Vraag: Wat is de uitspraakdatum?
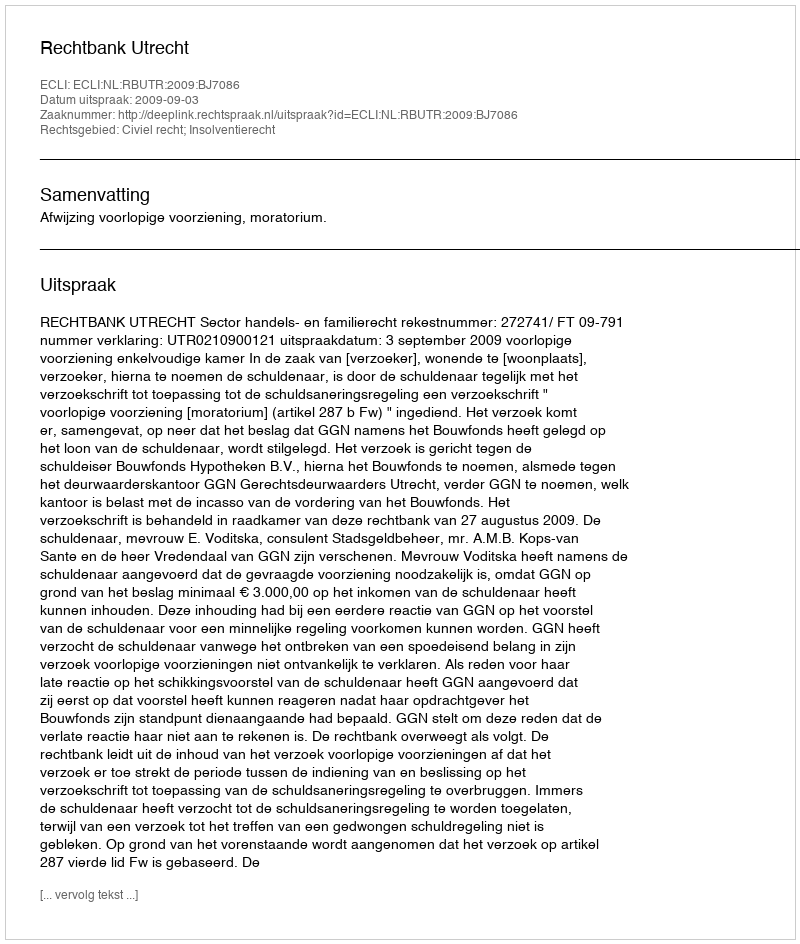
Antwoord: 2009-09-03